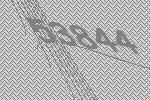
53844